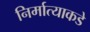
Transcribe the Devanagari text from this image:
निर्मात्याकडे